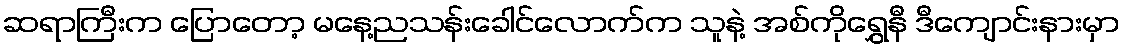
ဆရာကြီးက ပြောတော့ မနေ့ညသန်းခေါင်လောက်က သူနဲ့ အစ်ကိုရွှေနီ ဒီကျောင်းနားမှာ